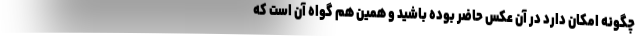
چگونه امکان دارد در آن عکس حاضر بوده باشید و همین هم گواه آن است که